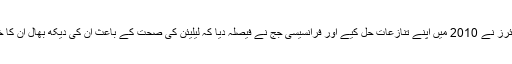
لیلیئن اور میئرز نے 2010 میں اپنے تنازعات حل کیے اور فرانسیسی جج نے فیصلہ دیا کہ لیلیئن کی صحت کے باعث ان کی دیکھ بھال ان کا خاندان کرے۔